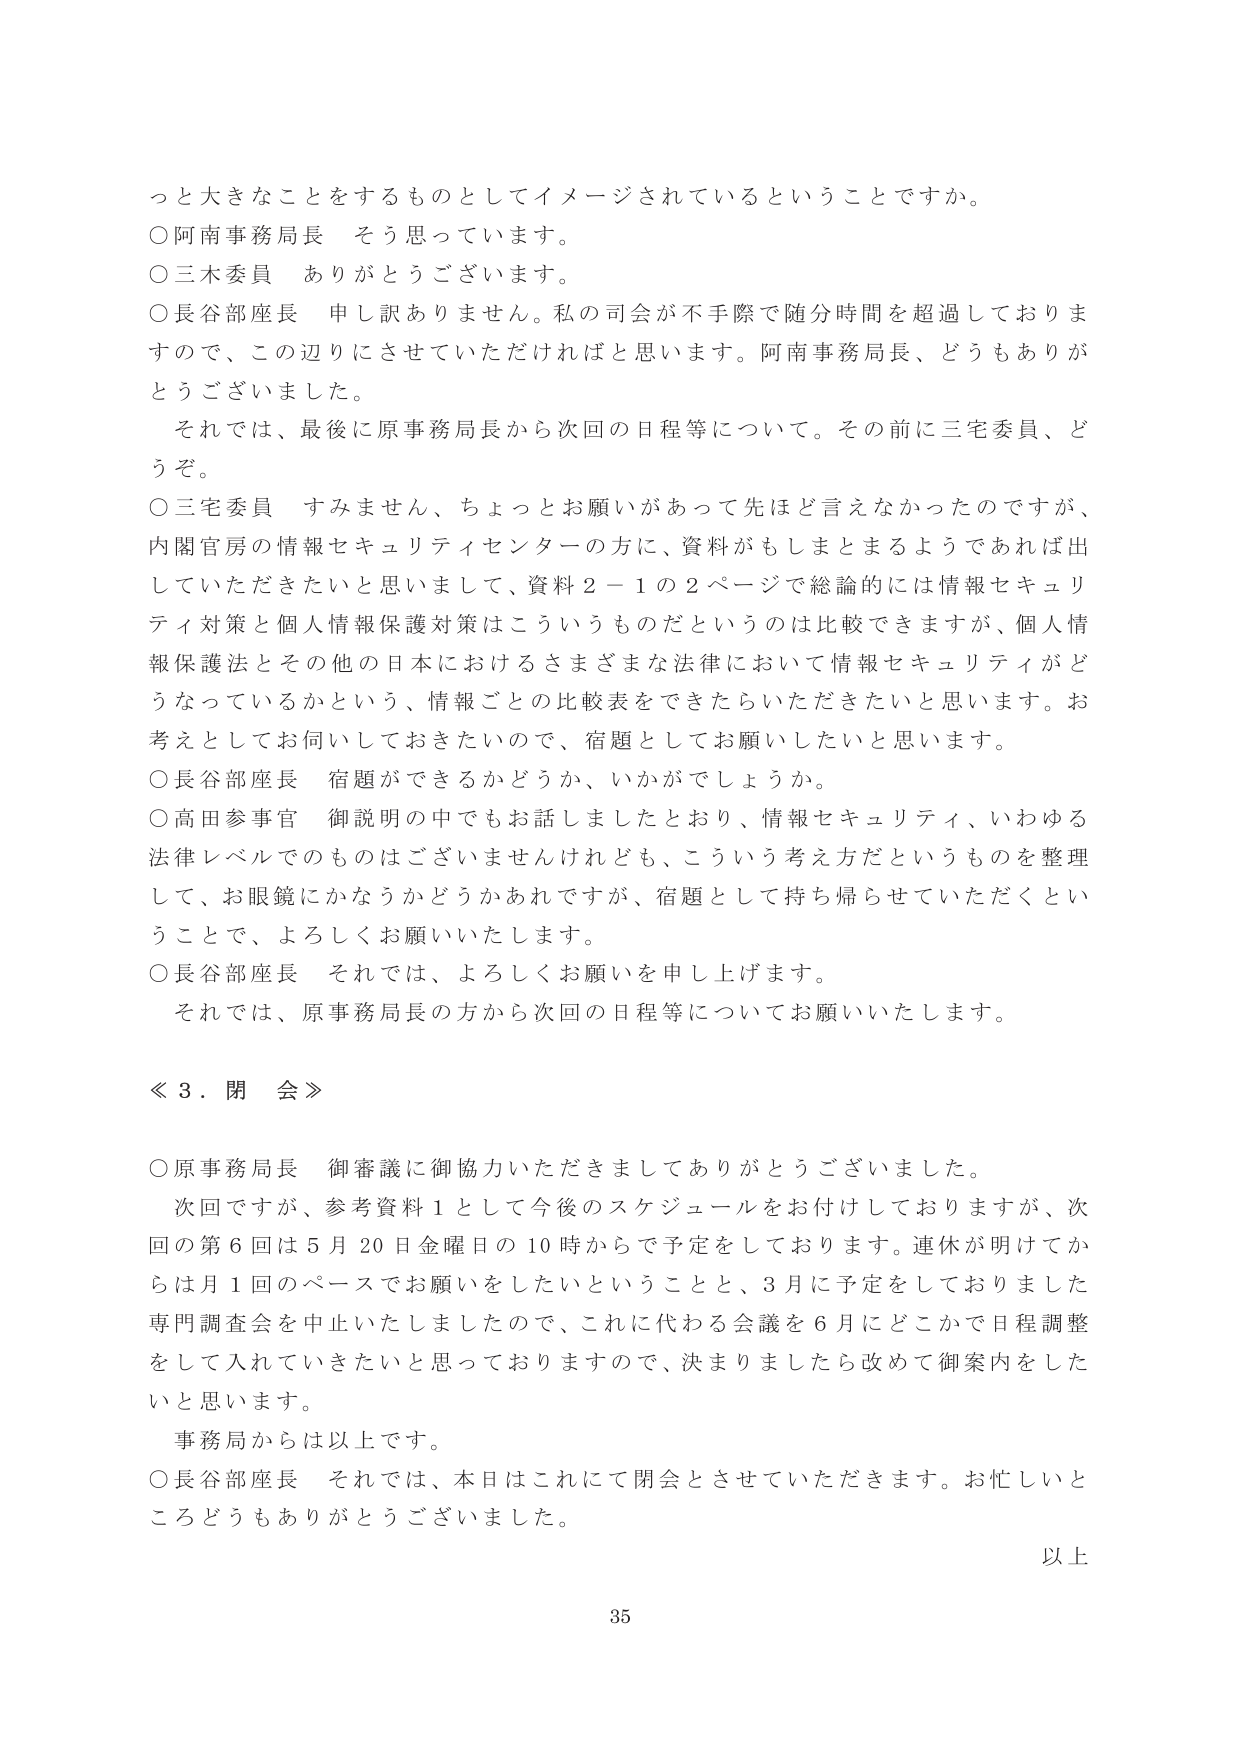
っと大きなことをするものとしてイメージされているということですか。

○阿南事務局長　そう思っています。

○三木委員　ありがとうございます。

○長谷部座長　申し訳ありません。私の司会が不手際で随分時間を超過しておりますので、この辺りにさせていただければと思います。阿南事務局長、どうもありがとうございました。

　それでは、最後に原事務局長から次回の日程等について。その前に三宅委員、どうぞ。

○三宅委員　すみません、ちょっとお願いがあって先ほど言えなかったのですが、内閣官房の情報セキュリティセンターの方に、資料がもしまとまるようであれば出していただきたいと思います。資料２－１の２ページで総論的には情報セキュリティ対策と個人情報保護対策はこういうものだというのは比較できますが、個人情報保護法とその他の日本におけるさまざまな法律において情報セキュリティがどうなっているかという、情報ごとの比較表をできたらいただきたいと思います。お考えとしてお伺いしておきたいので、宿題としてお願いしたいと思います。

○長谷部座長　宿題ができるかどうか、いかがでしょうか。

○高田参事官　御説明の中でもお話しましたとおり、情報セキュリティ、いわゆる法律レベルでのものはございませんけれども、こういう考え方だというものを整理して、お眼鏡にかなうかどうかあれですが、宿題として持ち帰らせていただくということで、よろしくお願いいたします。

○長谷部座長　それでは、よろしくお願いを申し上げます。

　それでは、原事務局長の方から次回の日程等についてお願いいたします。

≪３．閉会≫

○原事務局長　御審議に御協力いただきましてありがとうございました。

　次回ですが、参考資料１として今後のスケジュールをお付けしておりますが、次回の第６回は５月２０日金曜日の１０時からで予定をしております。連休が明けてからは月１回のペースでお願いをしたいということと、３月に予定をしておりました専門調査会を中止いたしましたので、これに代わる会議を６月にどこかで日程調整をして入れていきたいと思っておりますので、決まりましたら改めて御案内をしたいと思います。

　事務局からは以上です。

○長谷部座長　それでは、本日はこれにて閉会とさせていただきます。お忙しいところどうもありがとうございました。

以上

35